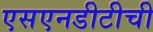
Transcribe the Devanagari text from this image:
एसएनडीटीची